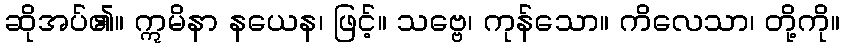
ဆိုအပ်၏။ ဣမိနာ နယေန၊ ဖြင့်။ သဗ္ဗေ၊ ကုန်သော။ ကိလေသာ၊ တို့ကို။